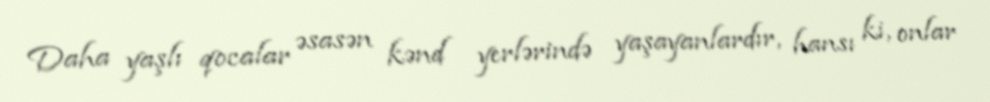
Daha yaşlı qocalar əsasən kənd yerlərində yaşayanlardır, hansı ki, onlar